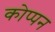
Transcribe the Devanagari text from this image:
कोप्पन